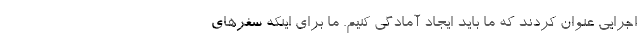
اجرایی عنوان کردند که ما باید ایجاد آمادگی کنیم. ما برای اینکه سفرهای